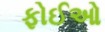
ફોઈઓ